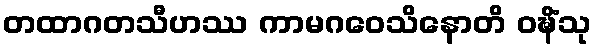
တထာဂတသီဟဿ ကာမဂဝေသိနောတိ ဝဍ္ဎိံသု